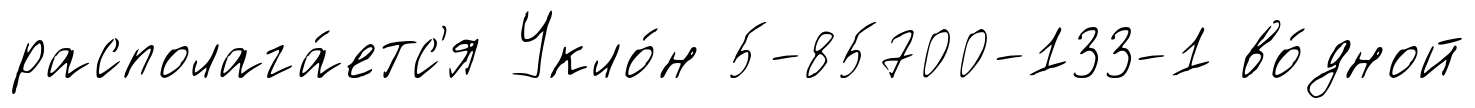
располага́етс'я Укло́н 5-85700-133-1 во́дной